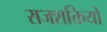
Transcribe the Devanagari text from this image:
राजशक्तियों